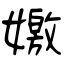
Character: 嬓